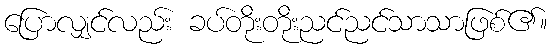
ပြောလျှင်လည်း ခပ်တိုးတိုးညင်ညင်သာသာဖြစ်၏။